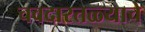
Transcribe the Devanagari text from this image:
चवदारतळ्याचे